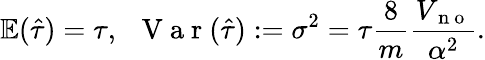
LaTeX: \mathbb{E}(\hat{\tau})=\tau,~~\mathrm{~V~a~r~}(\hat{\tau}):=\sigma^{2}=\tau\frac{8}{m}\frac{V_{\mathrm{~n~o~}}}{\alpha^{2}}.